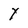
Character: Y